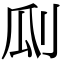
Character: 𠛒